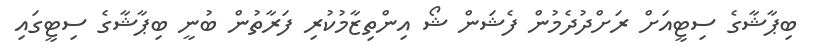
ބިޕާޝާގެ ސިޓީއަށް ރަށްދުދެމުން ފެޝަން ޝޯ އިންތިޒާމުކުރި ފަރާތުން ބުނީ ބިޕާޝާގެ ސިޓީގައި